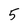
Character: 5